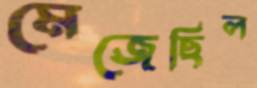
মেজেছিল